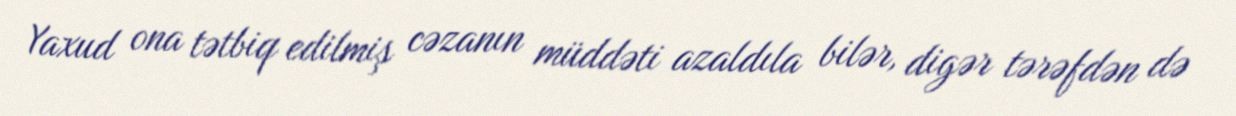
Yaxud ona tətbiq edilmiş cəzanın müddəti azaldıla bilər, digər tərəfdən də